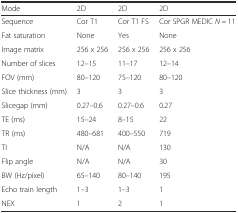
<table><thead><tr><td><b>Mode</b></td><td><b>2D</b></td><td><b>2D</b></td><td><b>2D</b></td></tr></thead><tbody><tr><td>Sequence</td><td>Cor T1</td><td>Cor T1 FS</td><td>Cor SPGR MEDIC <i>N</i> = 11</td></tr><tr><td>Fat saturation</td><td>None</td><td>Yes</td><td>None</td></tr><tr><td>Image matrix</td><td>256 x 256</td><td>256 x 256</td><td>256 x 256</td></tr><tr><td>Number of slices</td><td>12–15</td><td>11–17</td><td>12–14</td></tr><tr><td>FOV (mm)</td><td>80–120</td><td>75–120</td><td>80–120</td></tr><tr><td>Slice thickness (mm)</td><td>3</td><td>3</td><td>3</td></tr><tr><td>Slicegap (mm)</td><td>0.27–0.6</td><td>0.27–0.6</td><td>0.27</td></tr><tr><td>TE (ms)</td><td>15–24</td><td>8–15</td><td>22</td></tr><tr><td>TR (ms)</td><td>480–681</td><td>400–550</td><td>719</td></tr><tr><td>TI</td><td>N/A</td><td>N/A</td><td>130</td></tr><tr><td>Flip angle</td><td>N/A</td><td>N/A</td><td>30</td></tr><tr><td>BW (Hz/pixel)</td><td>65–140</td><td>80–140</td><td>195</td></tr><tr><td>Echo train length</td><td>1–3</td><td>1–3</td><td>1</td></tr><tr><td>NEX</td><td>1</td><td>2</td><td>1</td></tr></tbody></table>